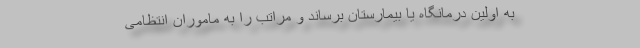
به اولین درمانگاه یا بیمارستان برساند و مراتب را به ماموران انتظامی